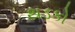
થડકો